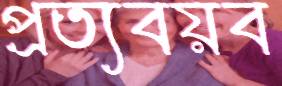
প্রত্যবয়ব